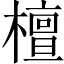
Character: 檀